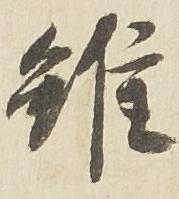
難